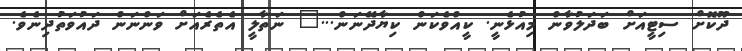
ދޫކޮށް ސިޓީއަށް ބަދަލުވާން މިއުޅެނީ. ކީއްވެކަން ކިޔާދޭނަން..." ނަތާލީ އެތެރެއަށް ވަންނަން ދައުވަތުދިނެވެ.